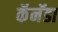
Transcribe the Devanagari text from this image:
कॅनॅडा